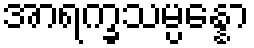
အာရက္ခသမ္ပန္နော